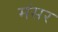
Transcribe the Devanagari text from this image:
मंसर